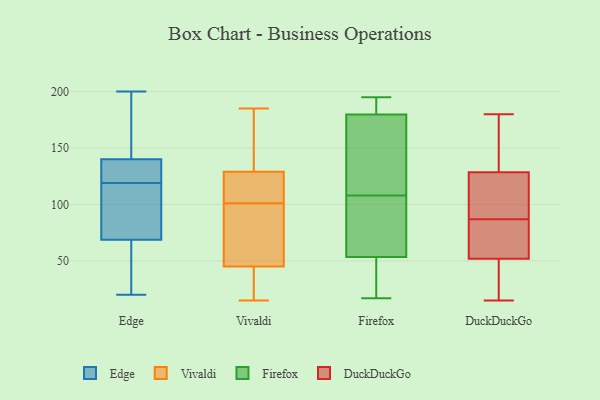
{"axis": {"x": "Bounce Rate (%)", "y": "Value"}, "legend": ["DuckDuckGo", "Edge", "Firefox", "Vivaldi"], "data": [{"x": "", "y": 92, "type": "Edge"}, {"x": "", "y": 20, "type": "Edge"}, {"x": "", "y": 200, "type": "Edge"}, {"x": "", "y": 112, "type": "Edge"}, {"x": "", "y": 30, "type": "Edge"}, {"x": "", "y": 61, "type": "Edge"}, {"x": "", "y": 132, "type": "Edge"}, {"x": "", "y": 141, "type": "Edge"}, {"x": "", "y": 100, "type": "Edge"}, {"x": "", "y": 137, "type": "Edge"}, {"x": "", "y": 54, "type": "Edge"}, {"x": "", "y": 144, "type": "Edge"}, {"x": "", "y": 128, "type": "Edge"}, {"x": "", "y": 119, "type": "Edge"}, {"x": "", "y": 191, "type": "Edge"}, {"x": "", "y": 15, "type": "Vivaldi"}, {"x": "", "y": 17, "type": "Vivaldi"}, {"x": "", "y": 126, "type": "Vivaldi"}, {"x": "", "y": 185, "type": "Vivaldi"}, {"x": "", "y": 73, "type": "Vivaldi"}, {"x": "", "y": 45, "type": "Vivaldi"}, {"x": "", "y": 78, "type": "Vivaldi"}, {"x": "", "y": 124, "type": "Vivaldi"}, {"x": "", "y": 177, "type": "Vivaldi"}, {"x": "", "y": 129, "type": "Vivaldi"}, {"x": "", "y": 17, "type": "Firefox"}, {"x": "", "y": 161, "type": "Firefox"}, {"x": "", "y": 108, "type": "Firefox"}, {"x": "", "y": 108, "type": "Firefox"}, {"x": "", "y": 192, "type": "Firefox"}, {"x": "", "y": 55, "type": "Firefox"}, {"x": "", "y": 53, "type": "Firefox"}, {"x": "", "y": 186, "type": "Firefox"}, {"x": "", "y": 17, "type": "Firefox"}, {"x": "", "y": 195, "type": "Firefox"}, {"x": "", "y": 119, "type": "Firefox"}, {"x": "", "y": 45, "type": "DuckDuckGo"}, {"x": "", "y": 121, "type": "DuckDuckGo"}, {"x": "", "y": 53, "type": "DuckDuckGo"}, {"x": "", "y": 74, "type": "DuckDuckGo"}, {"x": "", "y": 128, "type": "DuckDuckGo"}, {"x": "", "y": 51, "type": "DuckDuckGo"}, {"x": "", "y": 180, "type": "DuckDuckGo"}, {"x": "", "y": 83, "type": "DuckDuckGo"}, {"x": "", "y": 119, "type": "DuckDuckGo"}, {"x": "", "y": 135, "type": "DuckDuckGo"}, {"x": "", "y": 57, "type": "DuckDuckGo"}, {"x": "", "y": 129, "type": "DuckDuckGo"}, {"x": "", "y": 15, "type": "DuckDuckGo"}, {"x": "", "y": 167, "type": "DuckDuckGo"}, {"x": "", "y": 113, "type": "DuckDuckGo"}, {"x": "", "y": 31, "type": "DuckDuckGo"}, {"x": "", "y": 140, "type": "DuckDuckGo"}, {"x": "", "y": 91, "type": "DuckDuckGo"}, {"x": "", "y": 62, "type": "DuckDuckGo"}, {"x": "", "y": 33, "type": "DuckDuckGo"}]}